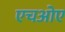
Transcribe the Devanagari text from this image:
एचओए